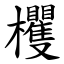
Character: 欔